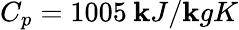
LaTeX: C_{p}=1005\: \mathbf{k}J/\mathbf{k}gK